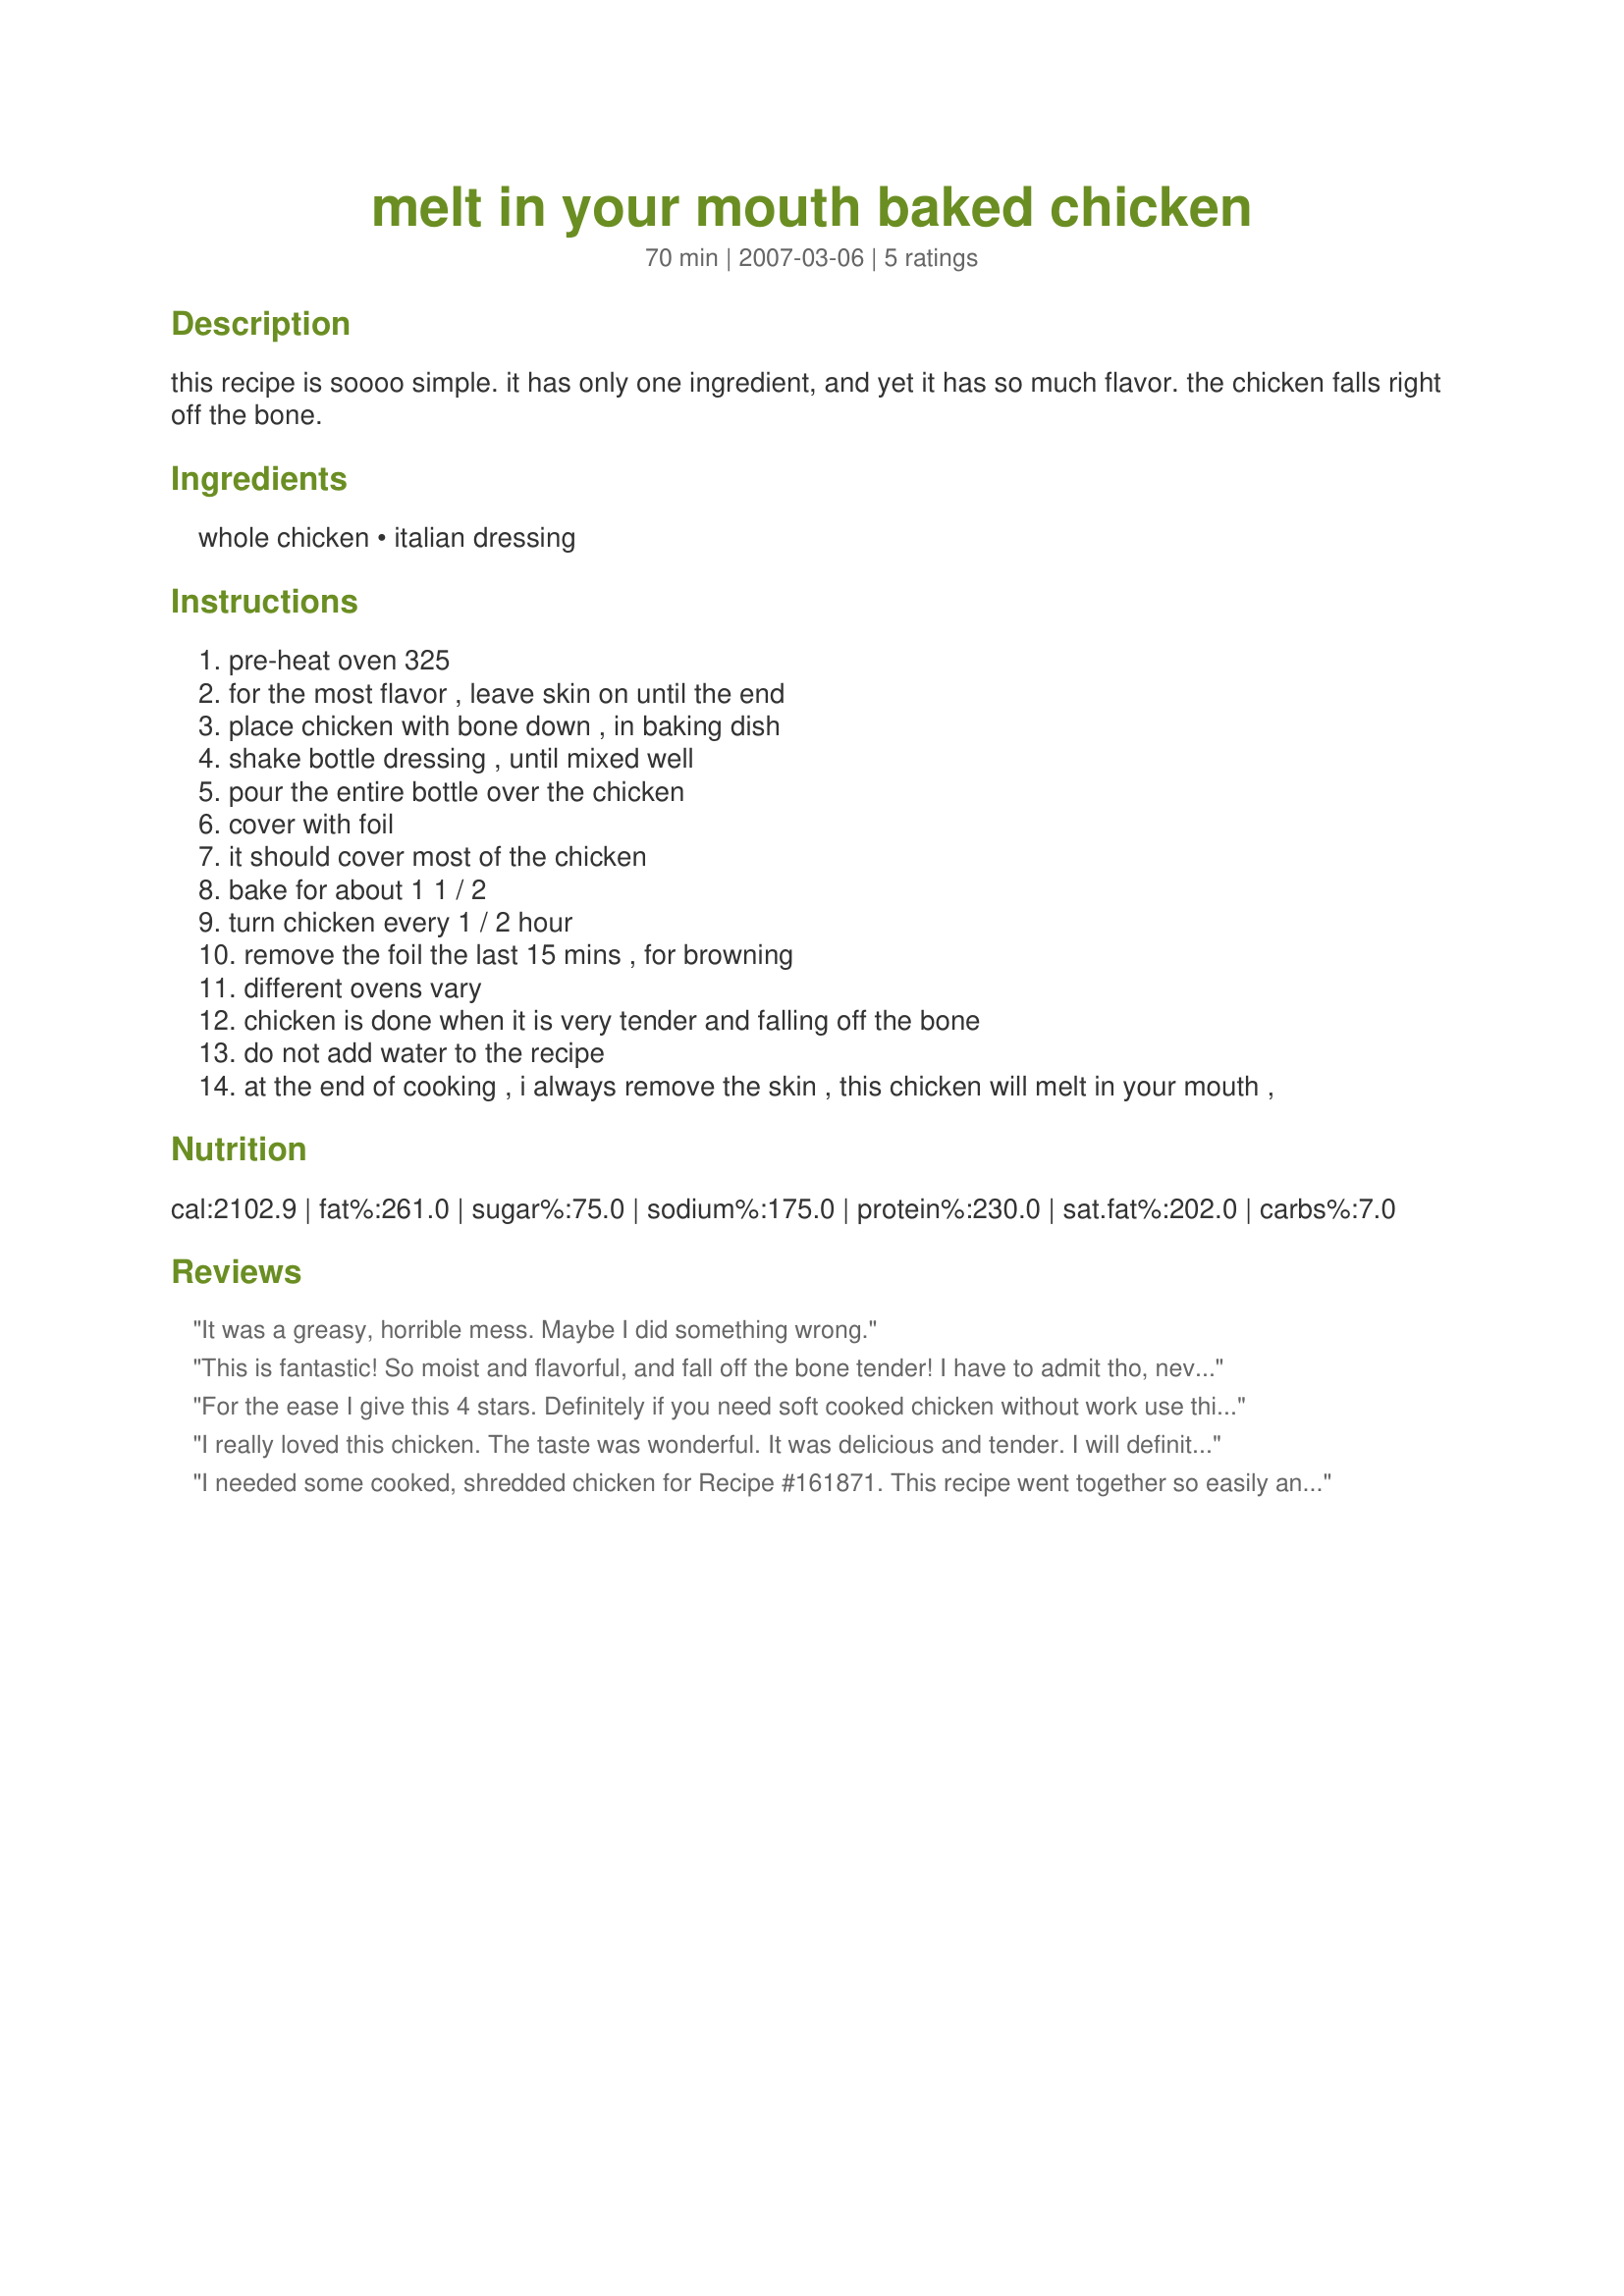
melt in your mouth baked chicken
Preparation time: 70 minutes

this recipe is soooo simple. it has only one ingredient, and yet it has so much flavor. the chicken falls right off the bone.

Ingredients:
whole chicken, italian dressing

Steps:
pre-heat oven 325
for the most flavor , leave skin on until the end
place chicken with bone down , in baking dish
shake bottle dressing , until mixed well
pour the entire bottle over the chicken
cover with foil
it should cover most of the chicken
bake for about 1 1 / 2
turn chicken every 1 / 2 hour
remove the foil the last 15 mins , for browning
different ovens vary
chicken is done when it is very tender and falling off the bone
do not add water to the recipe
at the end of cooking , i always remove the skin , this chicken will melt in your mouth ,

Reviews:
It was a greasy, horrible mess. Maybe I did something wrong.
This is fantastic! So moist and flavorful, and fall off the bone tender! I have to admit tho, never having cut up a chicken before, I left it whole and poured the dressing over it, covered and baked as directed without turning it. I used Kraft Free Zesty Italian and about 3/4 of the bottle knowing the chicken would produce a lot of juice on its own. Thank you for sharing a super easy and delicious chicken recipe I'll definitely be making again! :)
For the ease I give this 4 stars. Definitely if you need soft cooked chicken without work use this recipe. It doesn't smell very good cooking though (probably because of the vinegar). I'd use a whole chicken, leaving the skin on. I used the chicken in easy chicken wraps made with mayo, lettuce, tomato and and more italian dressing! They were fast and tasty.
I really loved this chicken. The taste was wonderful. It was delicious and tender. I will definitely make this again.
I needed some cooked, shredded chicken for Recipe #161871. This recipe went together so easily and quickly, I could make it before I went out the door first thing in the morning. I did brown the chicken, I already had a pan out, and finished by baking in my "toaster" oven. I used a bottled light- garlic dressing that produced a extremely tender chicken. I used only 1/2 cup, because I was only baking chicken legs and thighs. Talk about fall off the bone! I was able to shred easily, and it was ready to go. Thanks, Denise!
